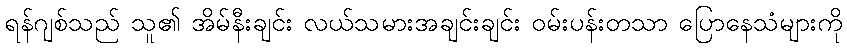
ရန်ဂျစ်သည် သူ၏ အိမ်နီးချင်း လယ်သမားအချင်းချင်း ဝမ်းပန်းတသာ ပြောနေသံများကို